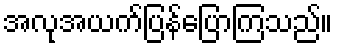
အလုအယက်ပြန်ပြောကြသည်။